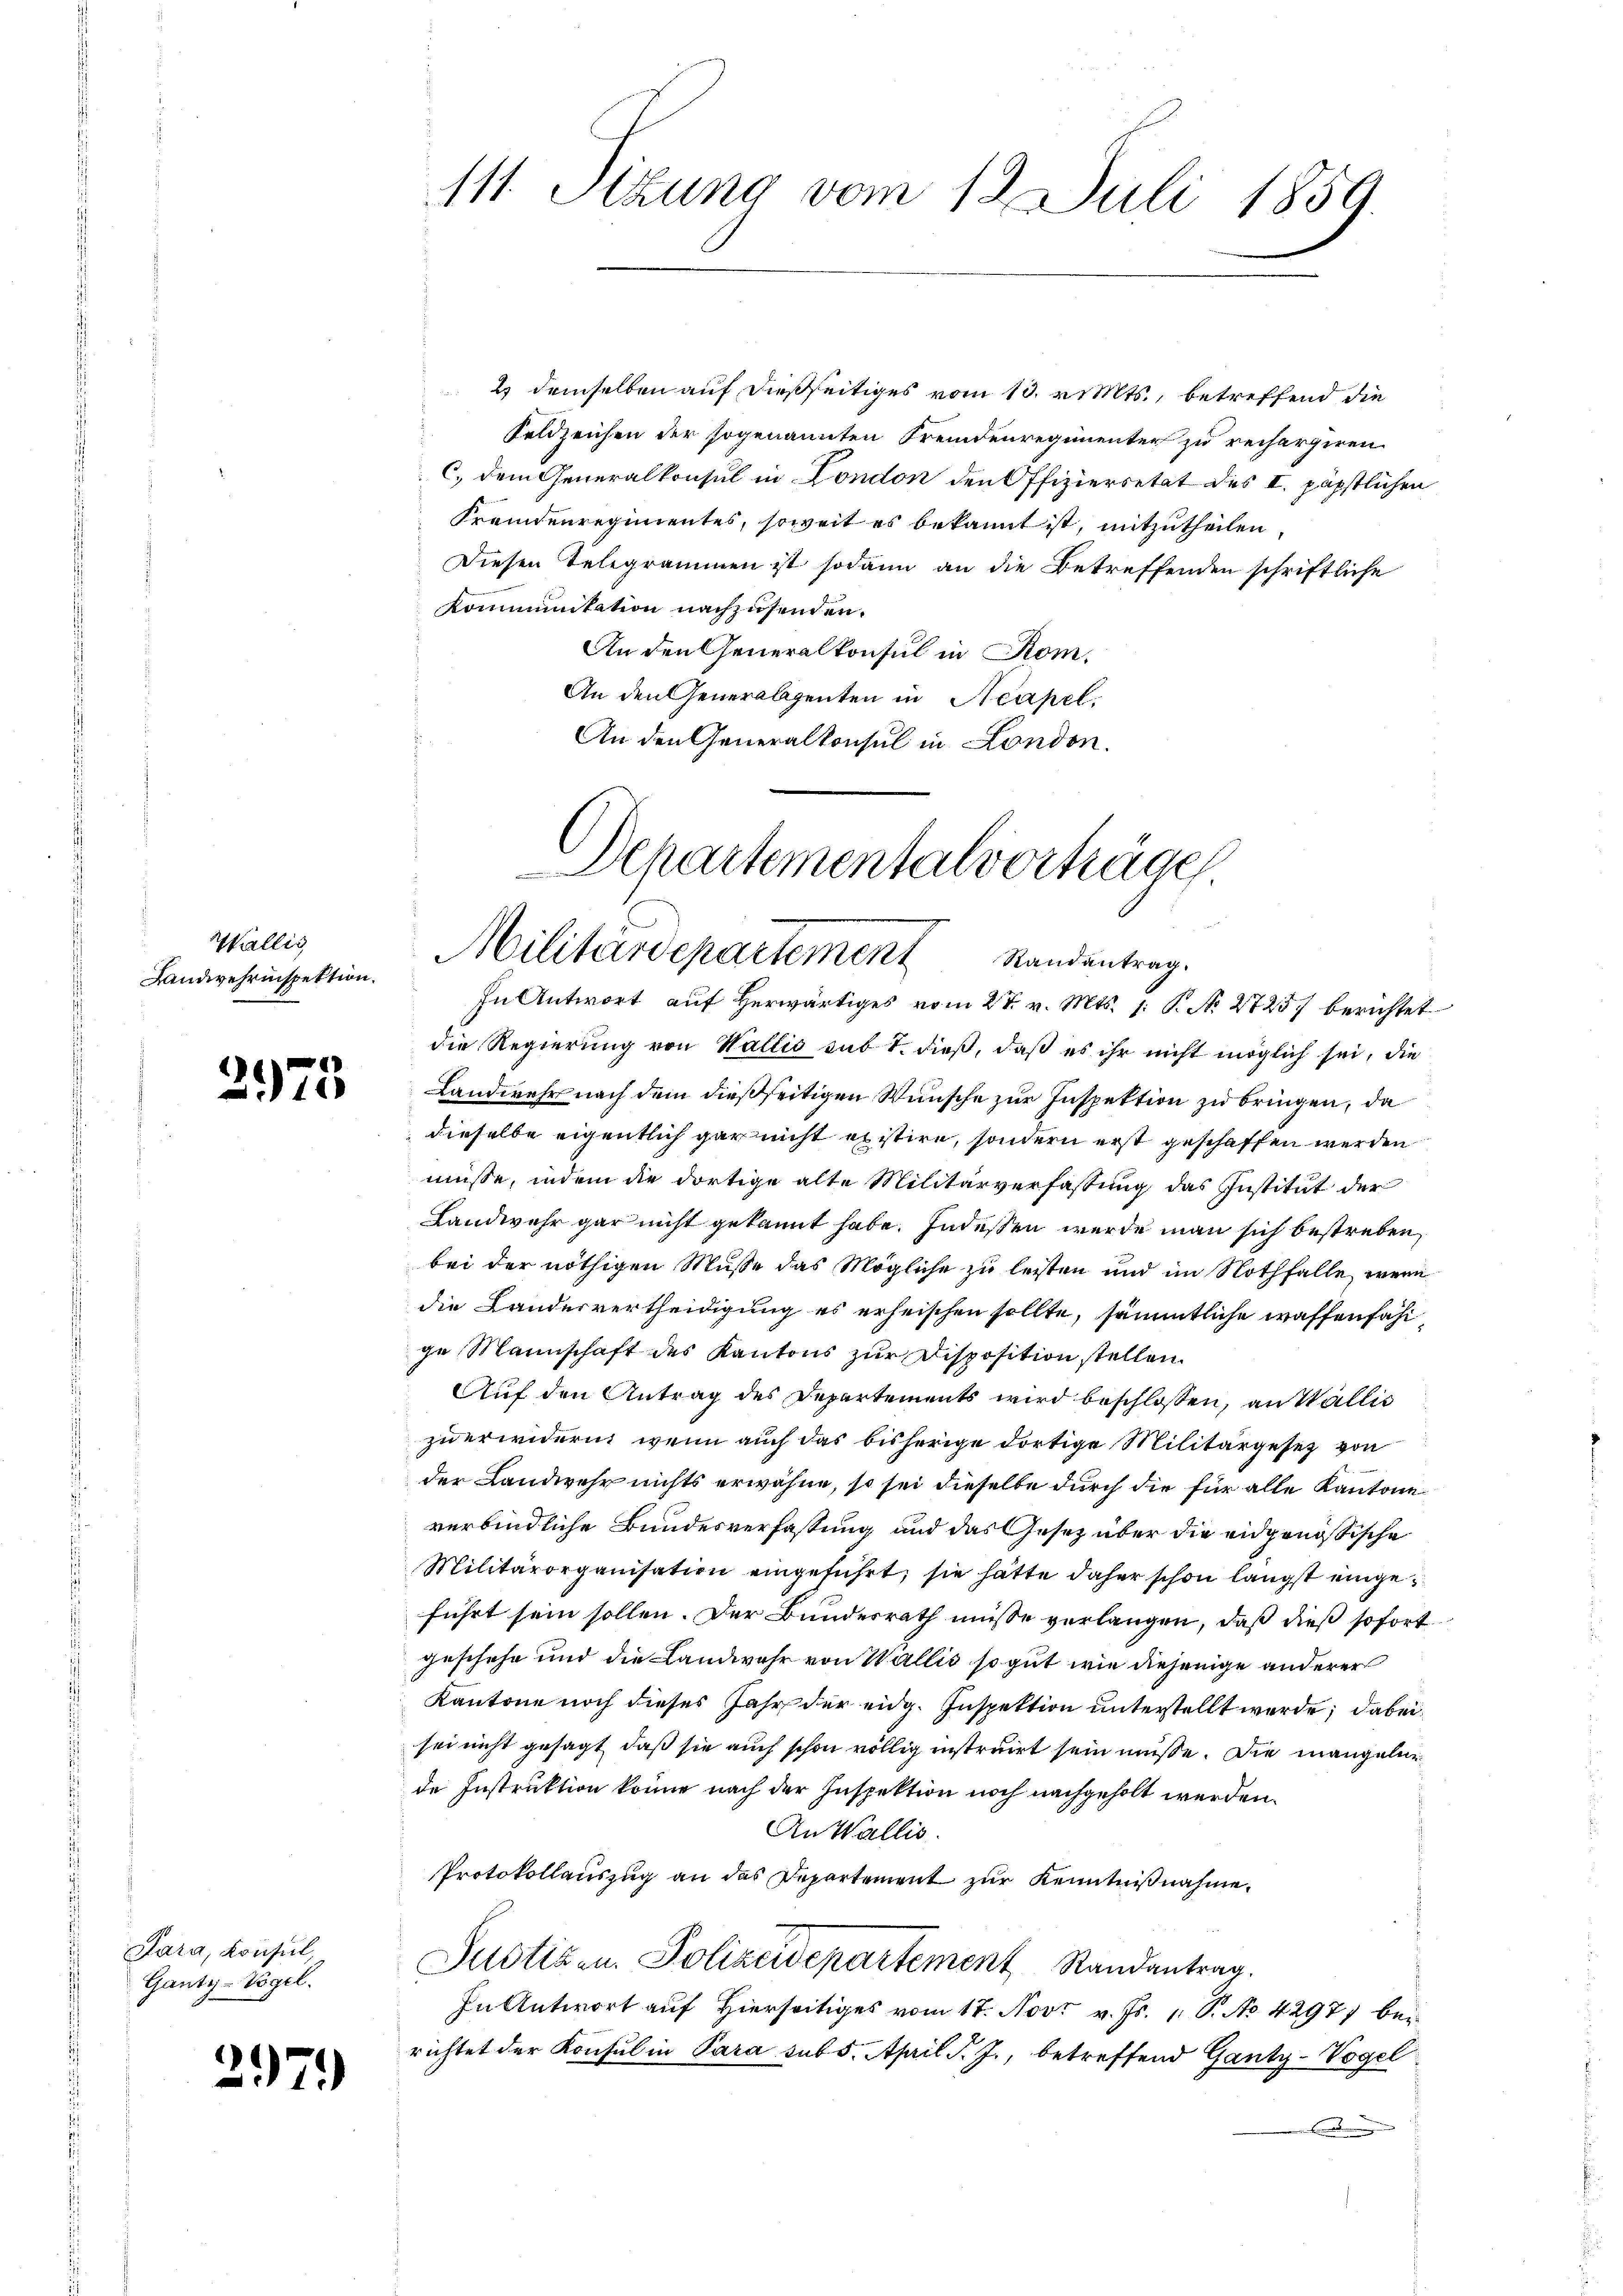
Wallis
Landwehrinspektion.

275

Para, Konsul
Ganty-Vogel.

397)

2) demselben auf dießseitiges vom 13. v. Mts., betreffend die
Feldzeichen der sogenannten Fremdenregimenter zu rechargiren.
C. dem Generalkonsul in London den Offiziersetat des II. päpstlichen
Fremdenregimentes, soweit es bekannt ist, mitzutheilen,
Diesen Telegrammen ist sodann an die Betreffenden schriftliche
Kommunikation nachzusenden.
An den Generalkonsul in Rom.
An den Generabsenten in Neapel
An den Generalkonsul in London.

111. Sizung vom 12. Juli 1859.

Departementalverträge
Militärdepartement Standentrag.
In Antwort auf herwärtiges vom 27. v. Mts. 1. P. N. 2725) berichtet

die Regierung von Wallis sub 1. dieß, daß es ihr nicht möglich sei, die
Landwehr nach dem dießseitigen Wünsche zur Inspektion zu bringen, da
dieselbe eigentlich gar nicht existire, sondern erst geschaffen werden
müsse, indem die dortige alte Militärverfassung das Institut der
Landwehr gar nicht gekannt habe. Indessen werde man sich bestreben,
bei der nöthigen Musse das Mögliche zu leisten und im Nothfalle, wenn
die Landesvertheidigung es erheischen sollte, sämmtliche waffenfähi
ge Mannschaft des Kantons zur Disposition stellen
Auf den Antrag des Departements wird beschlossen, an Wallis
zuerwidern, wenn auch das bisherige dortige Militärgesetz von
der Landwehr nichts erwähne, so sei dieselbe durch die für alle Kantone
verbindliche Bundesverfassung und das Gesetz über die eidgenössische
Militärorganisation eingeführt, sie hätte daher schon längst eingeführt sein sollen. Der Bundesrath müsse verlangen, daß dieß sofortgeschehe und die Landwehr von Wallis so gut wie diejenige anderer
Kantone noch dieses Jahr der eidg. Inspektion unterstellt werde; dabei
sei nicht gesagt, daß sie auch schon völlig instruirt sein müsse. Die mangeler
de Instruktion könne nach der Inspektion noch nachgeholt werden.
An Wallis.
Protokollauszug an das Departement zur Kenntnißnahme.
Justizen. Polizeidepartement Randantrag.
In Antwort auf Hierseitiges vom 17. Nov. v. Js. 1 S. No. 4297) bei
richtet der Konsul in Para sub 5. April d. J., betreffend Ganty-Vogel
.